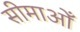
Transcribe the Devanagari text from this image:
सीमाओँ